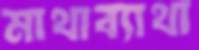
মাথাব্যাথা